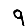
Digit: 9